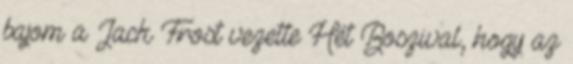
bajom a Jack Frost vezette Hét Boszival, hogy az